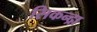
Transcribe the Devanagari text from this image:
सिकन्द्रा